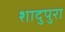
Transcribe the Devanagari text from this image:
शादुपुरा